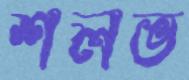
শলভ